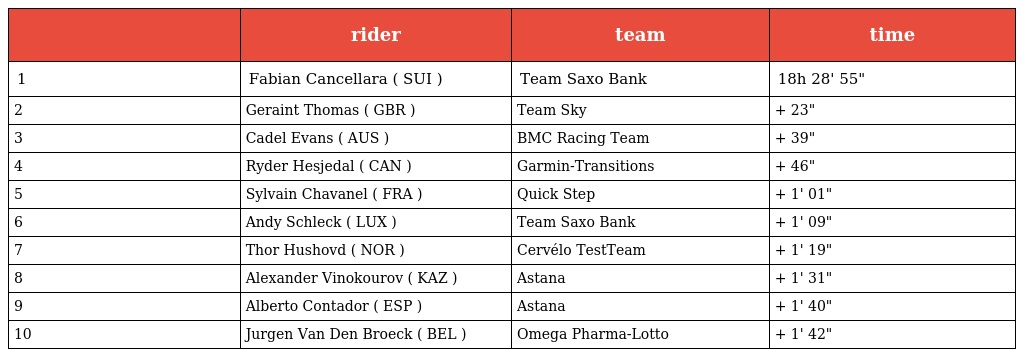
|  | rider | team | time |
 | --- | --- | --- | --- |
 | 1 | Fabian Cancellara ( SUI ) | Team Saxo Bank | 18h 28' 55" |
 | 2 | Geraint Thomas ( GBR ) | Team Sky | + 23" |
 | 3 | Cadel Evans ( AUS ) | BMC Racing Team | + 39" |
 | 4 | Ryder Hesjedal ( CAN ) | Garmin-Transitions | + 46" |
 | 5 | Sylvain Chavanel ( FRA ) | Quick Step | + 1' 01" |
 | 6 | Andy Schleck ( LUX ) | Team Saxo Bank | + 1' 09" |
 | 7 | Thor Hushovd ( NOR ) | Cervélo TestTeam | + 1' 19" |
 | 8 | Alexander Vinokourov ( KAZ ) | Astana | + 1' 31" |
 | 9 | Alberto Contador ( ESP ) | Astana | + 1' 40" |
 | 10 | Jurgen Van Den Broeck ( BEL ) | Omega Pharma-Lotto | + 1' 42" |